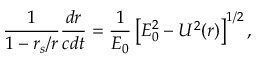
\frac { 1 } { 1 - r _ { s } / r } \frac { d r } { c d t } = \frac { 1 } { { \cal { E } } _ { 0 } } \left[ { \cal { E } } _ { 0 } ^ { 2 } - U ^ { 2 } ( r ) \right] ^ { 1 / 2 } ,